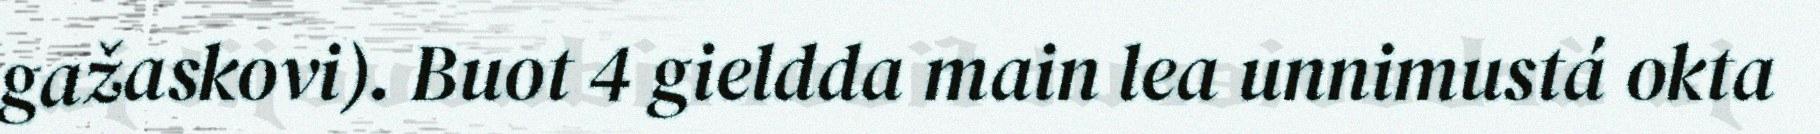
gažaskovi). Buot 4 gieldda main lea unnimustá okta